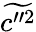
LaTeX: \widetilde{c^{\prime\prime 2}}